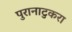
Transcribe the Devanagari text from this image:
पुरानाटुकरा